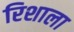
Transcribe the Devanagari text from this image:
रिशाला